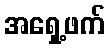
အရှေ့ဖက်